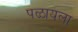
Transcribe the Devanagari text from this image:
पळायला